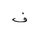
Letter: _fa